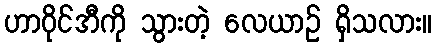
ဟာဝိုင်အီကို သွားတဲ့ လေယာဉ် ရှိသလား။